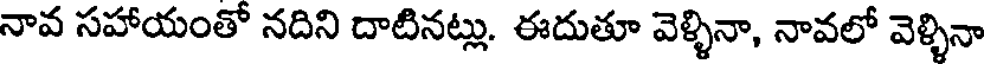
నావ సహాయంతో నదిని దాటినట్లు. ఈదుతూ వెళ్ళినా, నావలో వెళ్ళినా